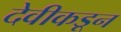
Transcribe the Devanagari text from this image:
देवीकडून